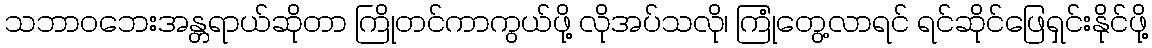
သဘာဝဘေးအန္တရာယ်ဆိုတာ ကြိုတင်ကာကွယ်ဖို့ လိုအပ်သလို၊ ကြုံတွေ့လာရင် ရင်ဆိုင်ဖြေရှင်းနိုင်ဖို့